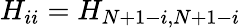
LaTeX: H_{ii}=H_{N+1-i,N+1-i}